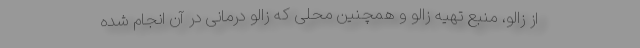
از زالو، منبع تهیه زالو و همچنین محلی که زالو درمانی در آن انجام شده